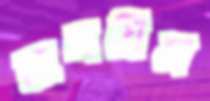
তানযিম